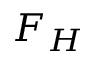
F _ { H }